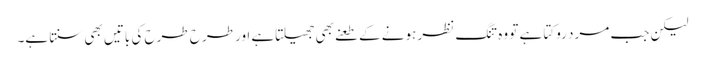
لیکن جب مرد روکتا ہے تو وہ تنگ نظر ہونے کے طعنے بھی جھیلتاہے اور طرح طرح کی باتیں بھی سنتا ہے۔